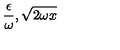
\frac { \epsilon } { \omega } , \sqrt { 2 \omega x }